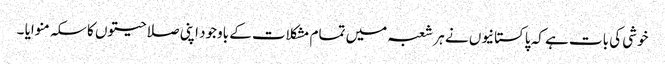
خوشی کی بات ہے کہ پاکستانیوں نے ہر شعبہ میں تمام مشکلات کے باوجود اپنی صلاحیتوں کا سکہ منوایا ۔